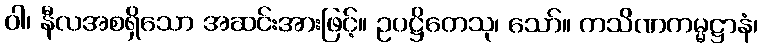
ဝါ၊ နီလအစရှိသော အဆင်းအားဖြင့်။ ဥပဋ္ဌိတေသု၊ သော်။ ကသိဏကမ္မဋ္ဌာနံ၊